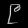
Digit: ၉